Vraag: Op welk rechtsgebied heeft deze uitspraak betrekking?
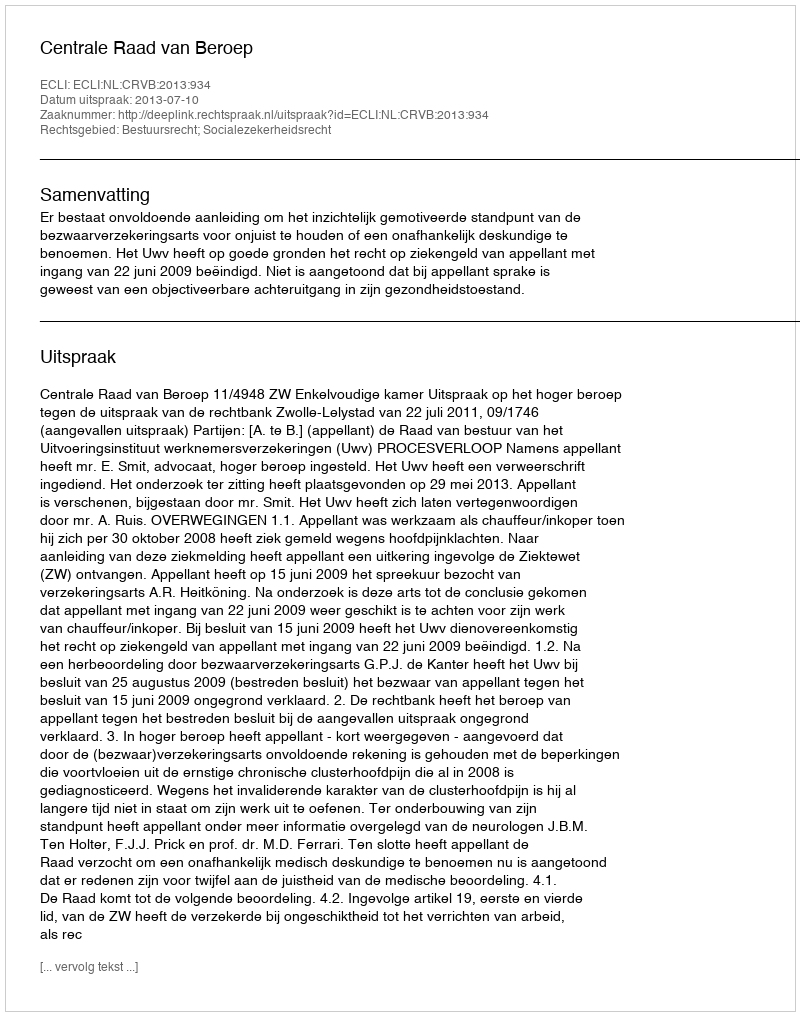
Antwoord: Bestuursrecht; Socialezekerheidsrecht